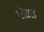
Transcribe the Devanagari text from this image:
गोव्रत